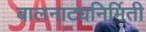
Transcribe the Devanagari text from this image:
बालनाट्यनिर्मिती